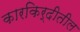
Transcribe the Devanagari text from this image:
कारकिर्दीतील